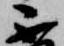
不